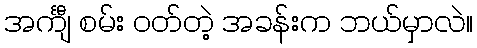
အင်္ကျီ စမ်း ဝတ်တဲ့ အခန်းက ဘယ်မှာလဲ။